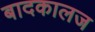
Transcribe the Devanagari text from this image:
बादकालज